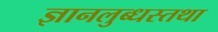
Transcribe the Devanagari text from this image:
ज्ञानलुब्धस्तथा